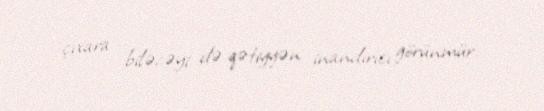
çıxara biləcəyi də qətiyyən inandırıcı görünmür.